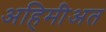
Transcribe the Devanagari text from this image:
अहिमीअत